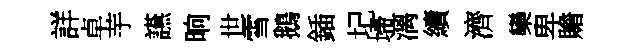
詳卓芋讌晌世雪鵝鍤圮埽漓續濟欒卑贍